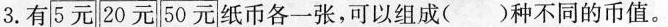
3.有5元 20元 50元 纸币各一张，可以组成()种不同的币值。